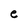
Character: e